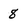
Character: 8